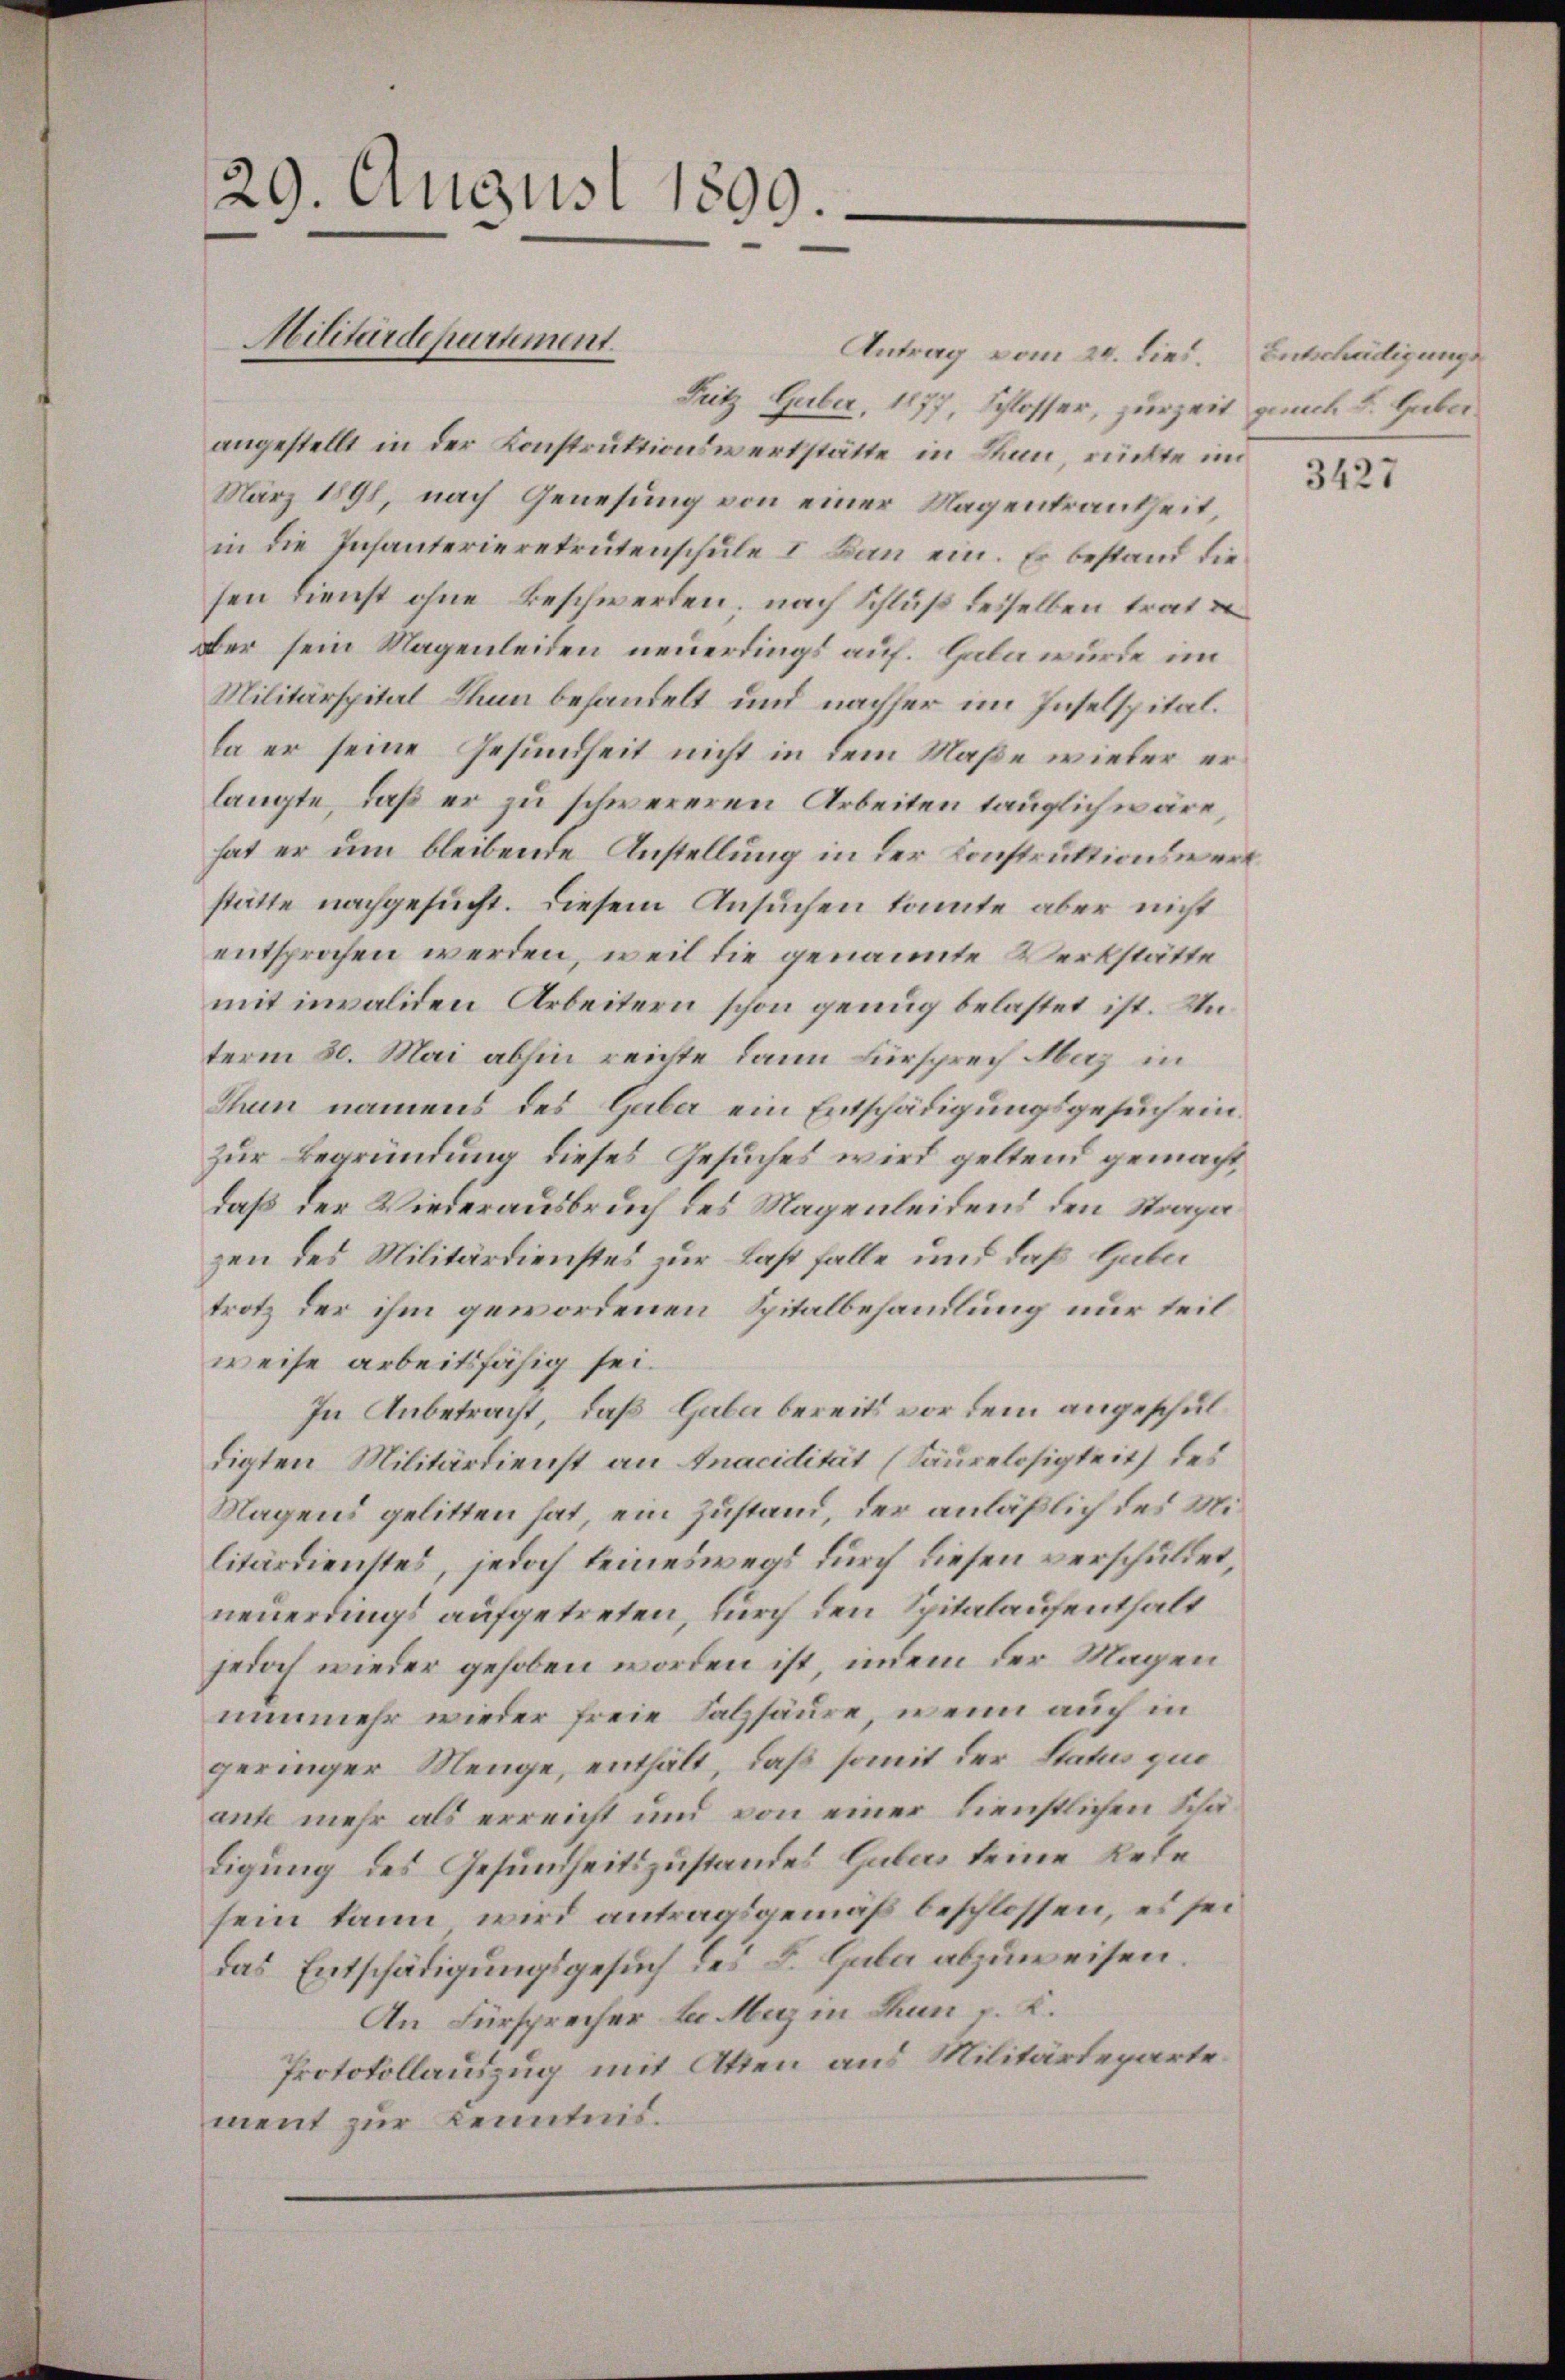
29. August 1899.

Antrag vom 20. dies. Entschädigungs
Fritz Guber, 1877, Schlosser, zurzeit günch L. Gaber
angestellt in der Konstruktionswerkstätte in Rau, rückte in
März 1898, nach Genesung von einer Magentrautheit,
in die Infanterierekrutenschule I Bau ein. Es bestand diesen Dienst ohne beschwerden; nach Schluß desselben trat
Ber sein Magenleiden neuerdings auf. Gala wurde im
Militärspital Thun behandelt und nachher im Inselspitalla er seine Gesundheit nicht in dem Maße wieder erlangte, daß er zu schwereren Arbeiten tauglich wäre,
hat er um bleibende Anstellung in der Konstruktionswert
stätte nachgesucht. Diesem Ansuchen konnte aber nicht
entsprochen werden, weil die genannte Werkstätte
mit invaliden Arbeitern schon genug belastet ist. Un
term 30. Mai abhin reichte dann Fürsprech Herz in
Thun namens des Gaber ein Entschädigungsgesuch einzur Begründung dieses Gesuches wird geltend gemacht
daß der Wiederausbruch des Magenleidens den Strapa
zen des Militärdienstes zur Last falle und daß Gube
trotz der ihm gewordenen Spitalbehandlung nur teil
weise arbeitsfähig sei.
In Anbetracht, daß Gaber bereits vor dem angeschuldigten Militärdienst an Inacidität (Säurelosigkeit des
Magens gelitten hat, ein Zustand, der anläßlich des Militärdienstes, jedoch keineswegs durch diesen verschuldet,
neuerdings aufgetreten, durch den Spitalaufenthalt
jedoch wieder gehoben worden ist, indem der Magen
nunmehr wieder freie Salzsäure, wenn auch in
geringer Menge, enthält, daß somit der Status quo
ante mehr als erreicht und von einer dienstlichen Schädigung des Gesundheitszustandes Gubers keine Rede
sein kann wird antragsgemäß beschlossen, es sei
das Entschädigungsgesuch des L. Gala abzuweisen.
An Fürsprecher in May in Thun p. C.
Protokollauszug mit Atten aus Militärteparte
ment zur Kenntnis.

Militärdepartement.

3427